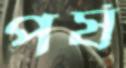
পর্ষ